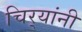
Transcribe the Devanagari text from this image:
चिर्‍यांनी